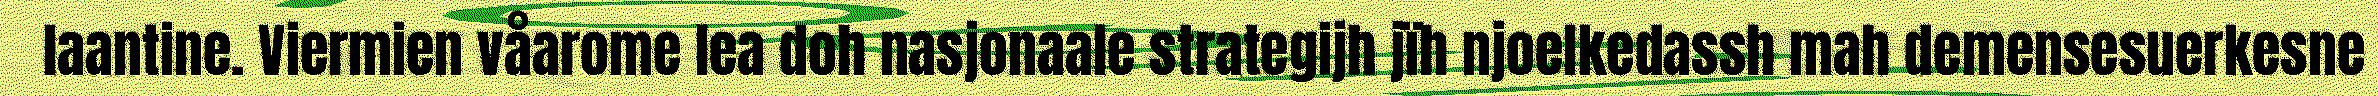
laantine. Viermien våarome lea doh nasjonaale strategijh jïh njoelkedassh mah demensesuerkesne